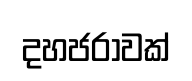
දහජරාවක්